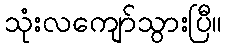
သုံးလကျော်သွားပြီ။